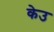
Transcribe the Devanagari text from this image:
केउ